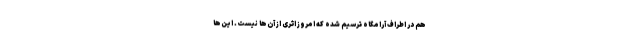
هم در اطراف آرامگاه ترسیم شده که امروز اثری از آن‌ها نیست. این‌ها